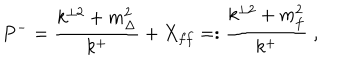
P ^ { - } = \frac { k ^ { \perp 2 } + m _ { \Delta } ^ { 2 } } { k ^ { + } } + X _ { f f } = : \frac { k ^ { \perp 2 } + m _ { f } ^ { 2 } } { k ^ { + } } \; ,